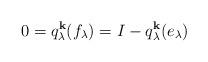
LaTeX: \begin{align*}0=q^{\mathbf{k}}_\lambda(f_\lambda)=I-q^{\mathbf{k}}_\lambda(e_\lambda)\end{align*}